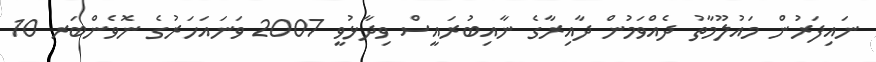
ނައިފަރުން މައުލޫމާތު ދެއްވަމުން ދާއިރާގެ ނާއިބުރައީސް ވިދާޅުވީ 2007 ވަނައަހަރުގެ ނޮވެންބަރ 10